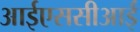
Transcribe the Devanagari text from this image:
आईएससीआई